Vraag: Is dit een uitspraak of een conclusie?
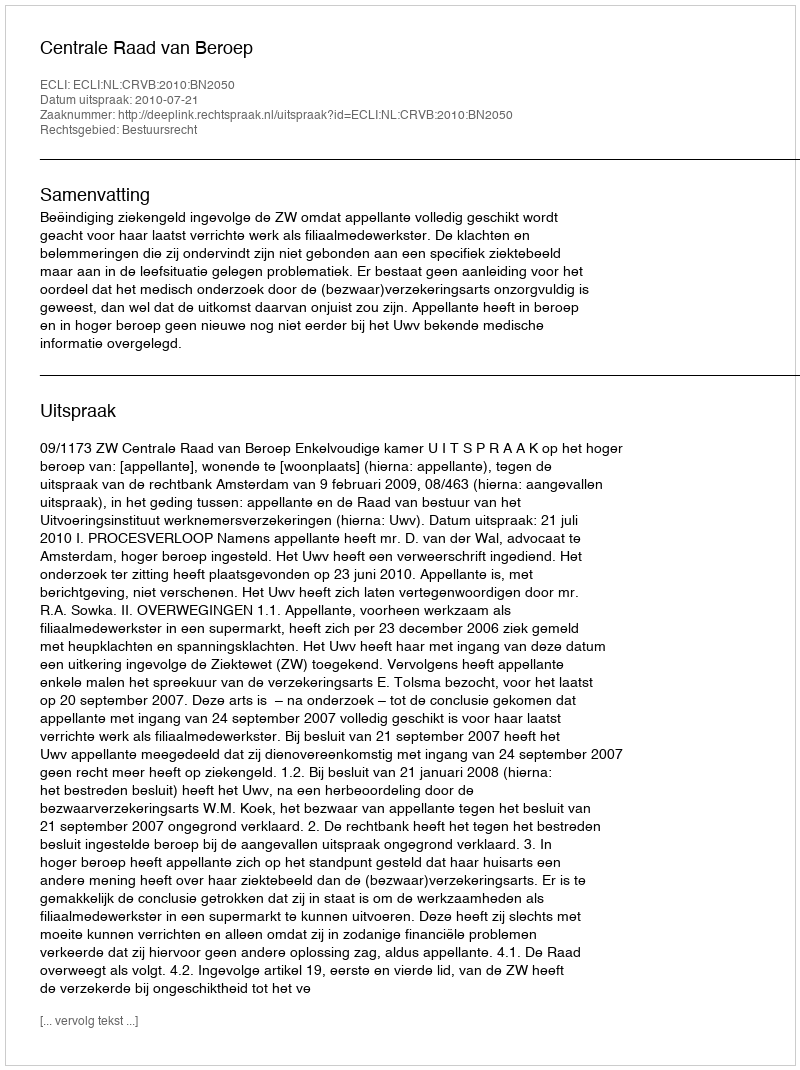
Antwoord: Uitspraak